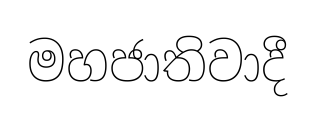
මහජාතිවාදී